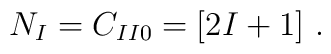
N_I = C_{I I 0} = [2I+1] \ .